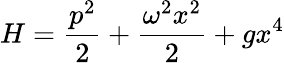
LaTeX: H=\frac{p^{2}}{2}+\frac{\omega^{2}x^{2}}{2}+gx^{4}